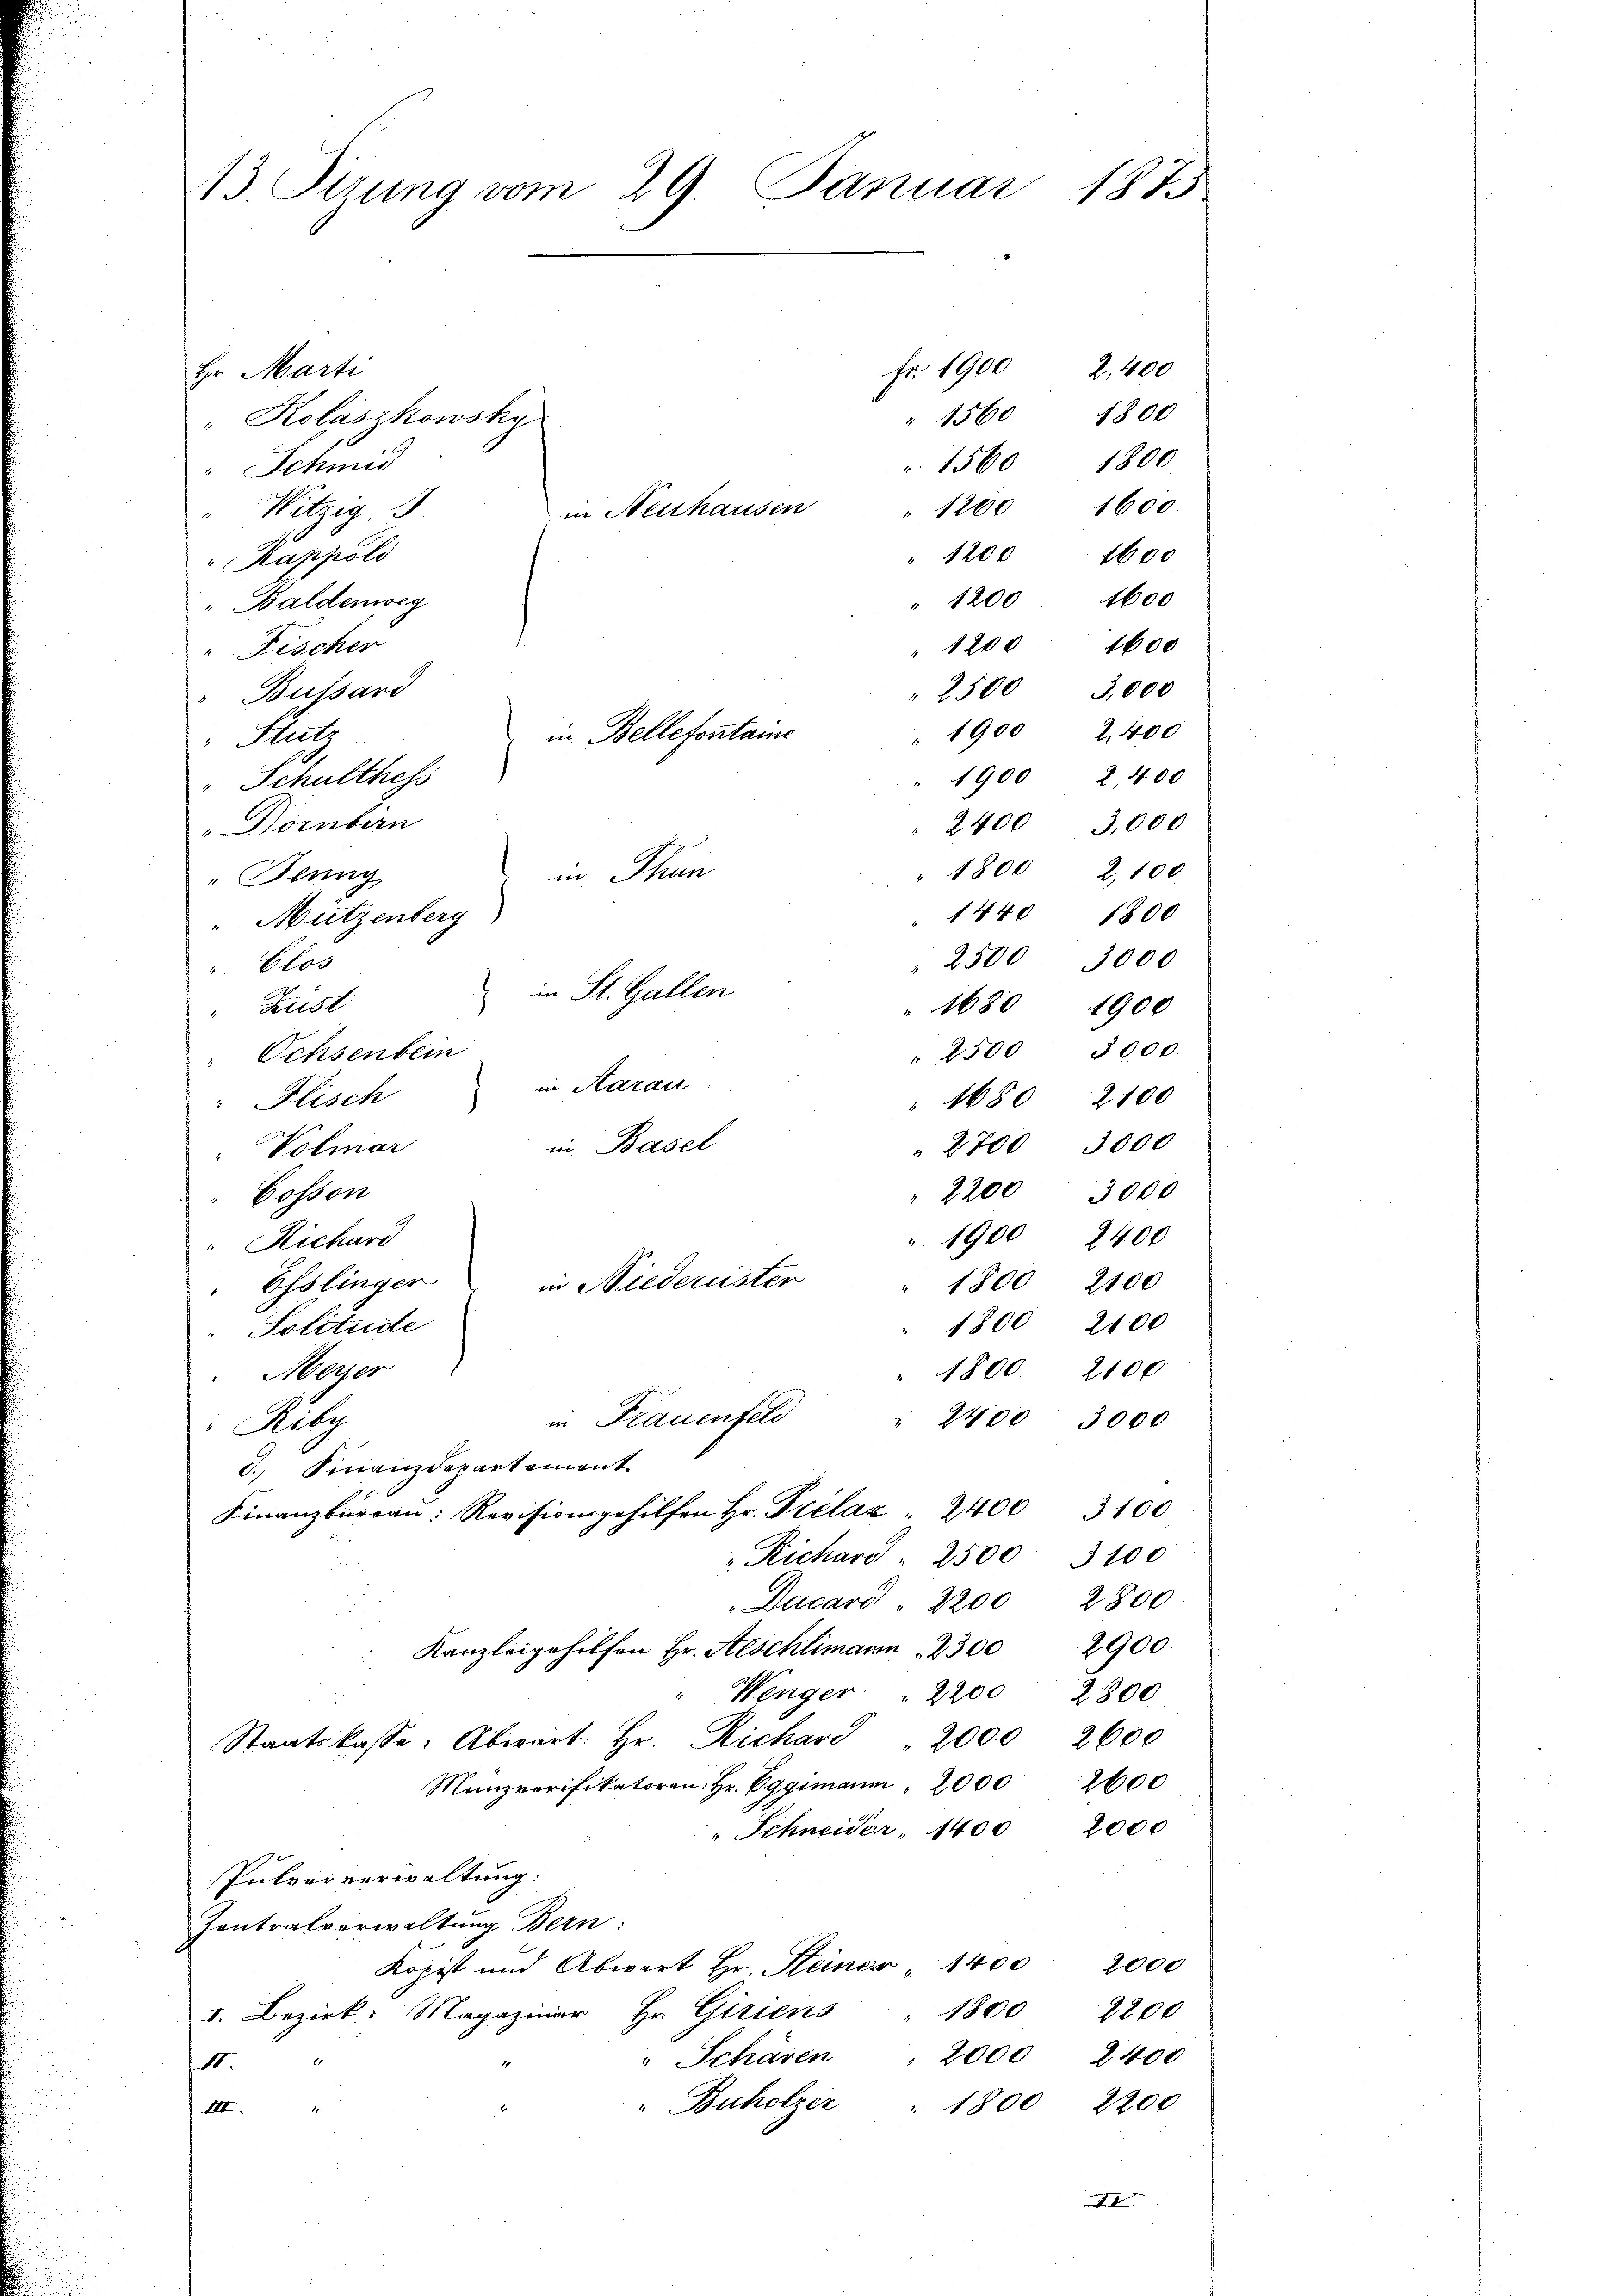
Hr. Marti
"Kolászkowsky
" Schmid
in Neuhausen
Witzig, d.
Rappoli
" Baldenweg
Fischer
Bussard
Stutz
" Schulthess
Dornbern
Deung
 Mützenberg
" Clos
h
Hust
Ochsenbein
in Aarau
"Flisch
)
in Basel
Volmar
Cosson
"Richard
in Niederuster
Esslinger
Solitude
Meizer
in Frauenfeld
Riby
3. Finanzdepartement
Finanzbüran: Revisionsgehilfen Hr. Prelaz " 2400 3100
"Richard " 2500. 3100
Ducard. 2200 2800
Kanzleigehilfen Hr. Aeschlimann 2300 2900
" Wenger " 2200 2800
Staatskasse: Abiart: Hr. Richari
Manzverifikatoren. Hr. Eggimann 2000 2600
Schneider, 1400
Pulververwaltung:
Zentralverwaltung Bern:
Kopist und Abwart Hr. Steiner " 1400
1800
I. Bezirk: Magaziner Hr. Giriens
" Schären " 2000
1
1
II.
"Buholzer " 1800
III.

13 Sizung vom 29. Januar 1873.

in Bellefontaine
in Thun

in St. Gallen

Fr. 1900 2,400
 1560.
. 1560 1800.

1800
" 1200. 1600.
" 1200 1600
" 1200 4600
1600
" 1200
2500 3,000
" 1900 2,400
1900 2400
2400 3,000
1800 2,100
" 1440 1800
" 2500 3000
" 1680 1900
" 2500 3000.
" 1680 2100
" 2700 3000
" 2200 3000
1900
2400
1800 2100
1800 2100
2100
1800.
" 2400 3000
2000 2600

2000

2000
2200
2400
2200

x